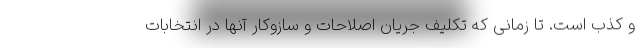
و کذب است. تا زمانی که تکلیف جریان اصلاحات و سازوکار آنها در انتخابات